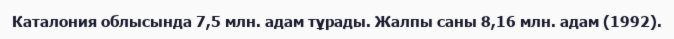
Каталония облысында 7,5 млн. адам тұрады. Жалпы саны 8,16 млн. адам (1992).